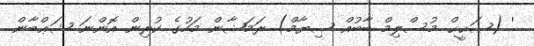
' (ޞަޙީޙް މުސްލިމް ބާބުއް ޞިޔާމް) ރަމަޟާން މަހުގެ ކުރިން އޮންނަ ޝަޢްބާން